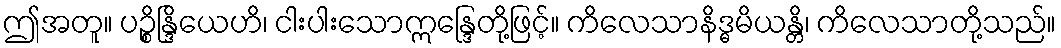
ဤအတူ။ ပဉ္စိန္ဒြိယေဟိ၊ ငါးပါးသောဣန္ဒြေတို့ဖြင့်။ ကိလေသာနိဒ္ဓမိယန္တိ၊ ကိလေသာတို့သည်။